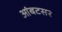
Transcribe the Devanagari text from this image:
आंबटसर